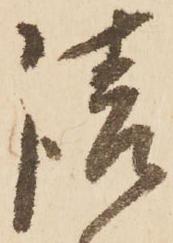
請